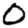
Digit: 0